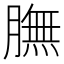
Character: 膴